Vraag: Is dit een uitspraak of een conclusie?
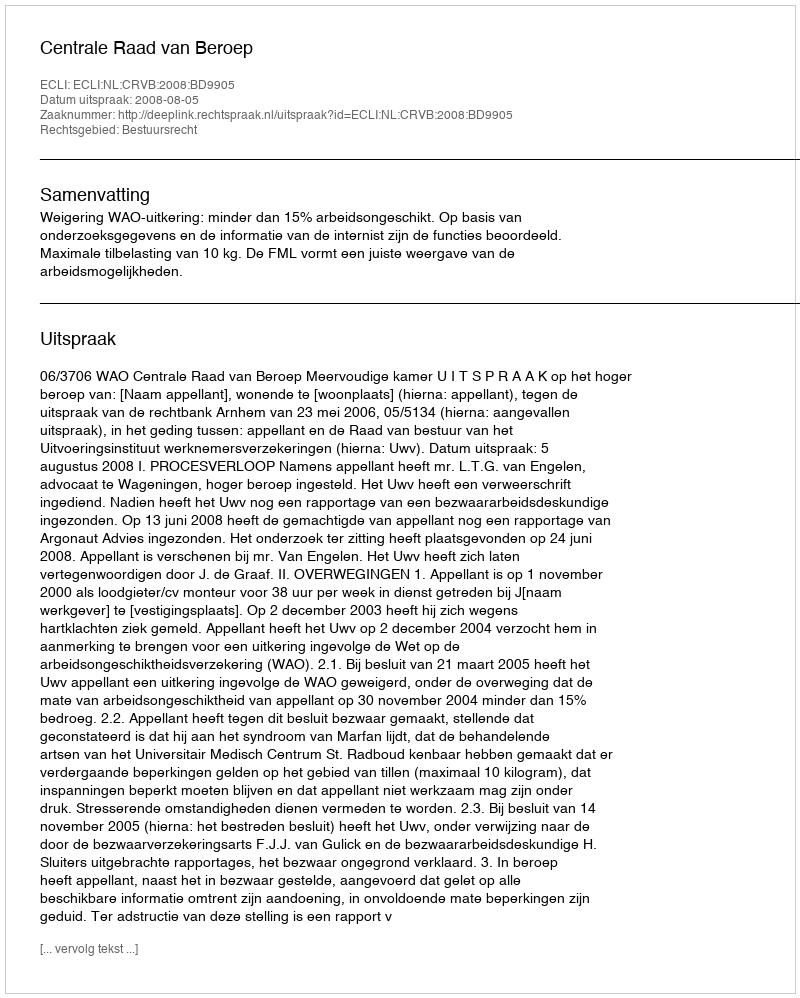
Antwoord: Uitspraak